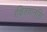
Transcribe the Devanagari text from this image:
रक्षितवानसि